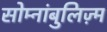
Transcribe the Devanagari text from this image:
सोम्नांबुलिज़्म